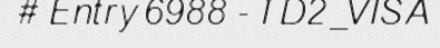
# Entry 6988 - TD2_VISA